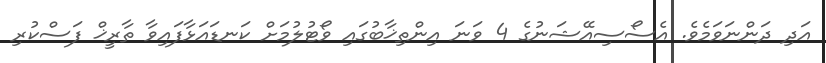
އަދި ދަންނަވަމެވެ. އެސޯސިއޭޝަނުގެ 4 ވަނަ އިންތިޚާބުގައި ވޯޓުލުމަށް ކަނޑައަޅާފައިވާ ތާރީޚް ފަސްކުރި